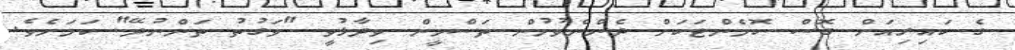
ގެ ކައިރިއަށް ގޮސް ކޮމެންޓަކަށް ދެންނެވުމުން ތަސްމީން ވިދާޅުވީ "ވަގުތު ތަންނުދޭ" ކަމަށެވެ.